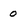
Character: 0